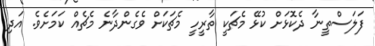
ފަލަސްތީނާ ދެކޮޅަށް ކުޅޭ މެޗަކީ ތާރީހީ މެޗަކަށް ވެގެންދާނެ މެޗެއް ކަމަށެވެ. އަދި